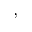
,